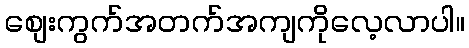
စျေးကွက်အတက်အကျကိုလေ့လာပါ။